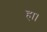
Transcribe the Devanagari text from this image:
हा।